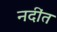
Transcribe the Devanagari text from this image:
नदींत